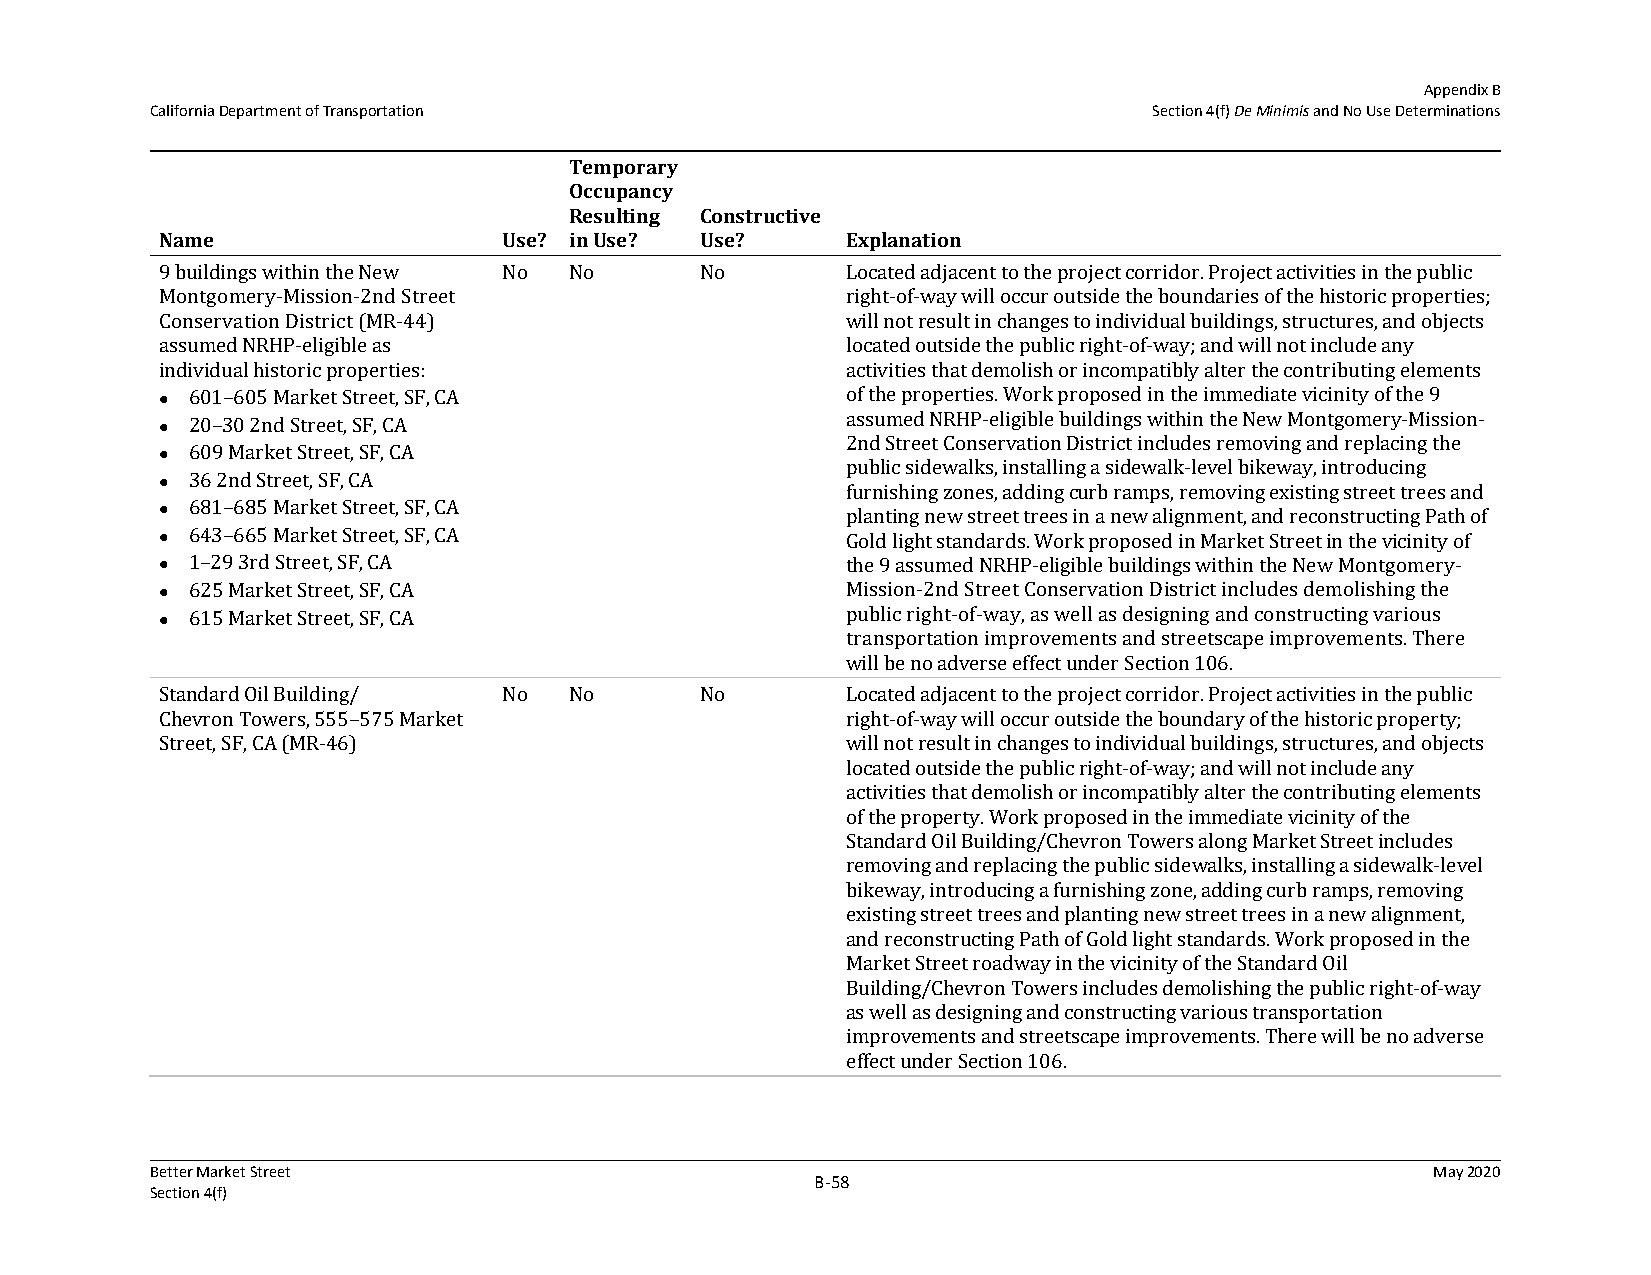
Appendix B
 California Department of Transportation                           Section 4(f) De Minimis and No Use Determinations
 Temporary
 Occupancy
 Resulting Constructive
 Name                  Use? in Use? Use?      Explanation
 9 buildings within the New No No   No        Located adjacent to the project corridor. Project activities in the public
 Montgomery-Mission-2nd Street                right-of-way will occur outside the boundaries of the historic properties;
 Conservation District (MR-44)                will not result in changes to individual buildings, structures, and objects
 assumed NRHP-eligible as                     located outside the public right-of-way; and will not include any
 individual historic properties:              activities that demolish or incompatibly alter the contributing elements
 601–605 Market Street, SF, CA              of the properties. Work proposed in the immediate vicinity of the 9
 
 20–30 2nd Street, SF, CA                   assumed NRHP-eligible buildings within the New Montgomery-Mission-
 
 2nd Street Conservation District includes removing and replacing the
 609 Market Street, SF, CA
 
 public sidewalks, installing a sidewalk-level bikeway, introducing
 36 2nd Street, SF, CA
                                             furnishing zones, adding curb ramps, removing existing street trees and
 681–685 Market Street, SF, CA
                                             planting new street trees in a new alignment, and reconstructing Path of
  643–665 Market Street, SF, CA              Gold light standards. Work proposed in Market Street in the vicinity of
  1–29 3rd Street, SF, CA                    the 9 assumed NRHP-eligible buildings within the New Montgomery-
 625 Market Street, SF, CA                  Mission-2nd Street Conservation District includes demolishing the
 
 615 Market Street, SF, CA                  public right-of-way, as well as designing and constructing various
 
 transportation improvements and streetscape improvements. There
 will be no adverse effect under Section 106.
 Standard Oil Building/ No  No      No        Located adjacent to the project corridor. Project activities in the public
 Chevron Towers, 555–575 Market               right-of-way will occur outside the boundary of the historic property;
 Street, SF, CA (MR-46)                       will not result in changes to individual buildings, structures, and objects
 located outside the public right-of-way; and will not include any
 activities that demolish or incompatibly alter the contributing elements
 of the property. Work proposed in the immediate vicinity of the
 Standard Oil Building/Chevron Towers along Market Street includes
 removing and replacing the public sidewalks, installing a sidewalk-level
 bikeway, introducing a furnishing zone, adding curb ramps, removing
 existing street trees and planting new street trees in a new alignment,
 and reconstructing Path of Gold light standards. Work proposed in the
 Market Street roadway in the vicinity of the Standard Oil
 Building/Chevron Towers includes demolishing the public right-of-way
 as well as designing and constructing various transportation
 improvements and streetscape improvements. There will be no adverse
 effect under Section 106.
 Better Market Street                                                                 May 2020
 B‐58
 Section 4(f)